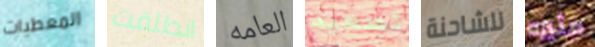
المعطيات انطلقت العامه تصعيد للشاحنة مثيره